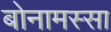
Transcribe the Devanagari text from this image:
बोनामस्सा